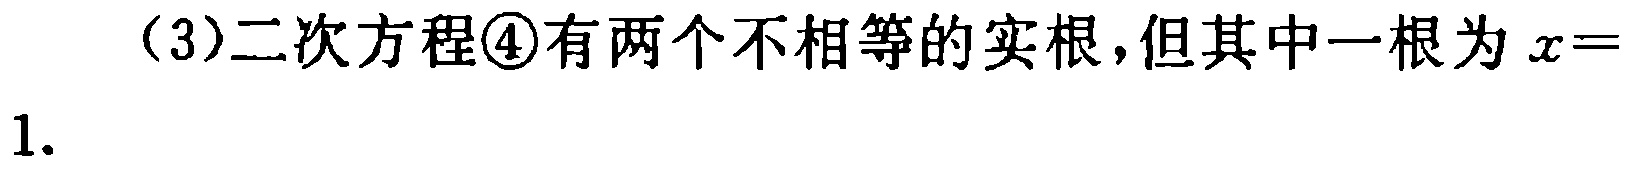
(3)二次方程\textcircled{4}有两个不相等的实根,但其中一根为\(x = 1\).